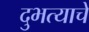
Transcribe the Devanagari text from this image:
दुभत्याचे